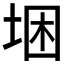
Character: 𱖮